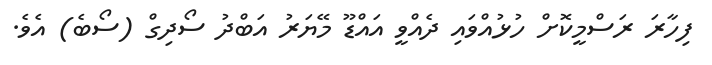
ފިހާރަ ރަސްމީކޮށް ހުޅުއްވައި ދެއްވީ އައްޑޫ މޭޔަރު އަބްދު ސޯދިގް (ސޯބެ) އެވެ.